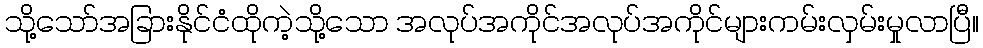
သို့သော်အခြားနိုင်ငံထိုကဲ့သို့သော အလုပ်အကိုင်အလုပ်အကိုင်များကမ်းလှမ်းမှုလာပြီ။